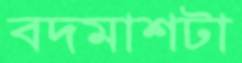
বদমাশটা